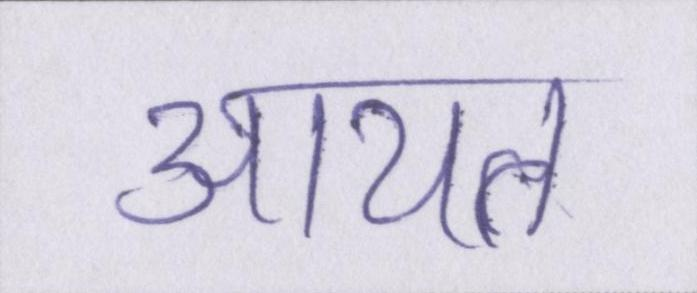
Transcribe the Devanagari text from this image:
आयत